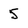
Character: 5